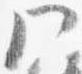
門